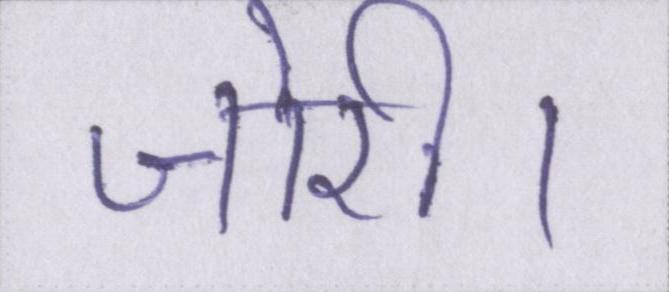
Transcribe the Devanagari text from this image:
जोरी।